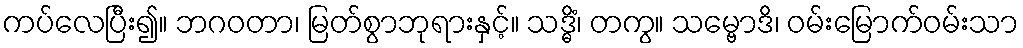
ကပ်လေပြီး၍။ ဘဂဝတာ၊ မြတ်စွာဘုရားနှင့်။ သဒ္ဓိံ၊ တကွ။ သမ္ဗောဒိ၊ ဝမ်းမြောက်ဝမ်းသာ